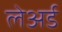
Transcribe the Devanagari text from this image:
लेअर्ड